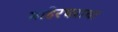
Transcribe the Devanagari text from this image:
माहेरघराचा